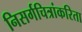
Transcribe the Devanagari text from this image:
निसर्गचित्रांकरिता